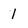
Character: 1